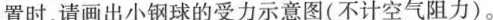
置时，请画出小钢球的受力示意图(不计空气阻力)。